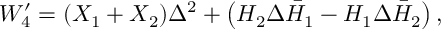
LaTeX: W _ { 4 } ^ { \prime } = ( X _ { 1 } + X _ { 2 } ) \Delta ^ { 2 } + \left( H _ { 2 } \Delta \bar { H } _ { 1 } - H _ { 1 } \Delta \bar { H } _ { 2 } \right) ,